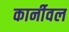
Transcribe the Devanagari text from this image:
कार्नीवल